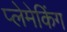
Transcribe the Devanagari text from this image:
प्लेमेकिंग